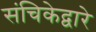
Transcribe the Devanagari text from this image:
संचिकेद्वारे